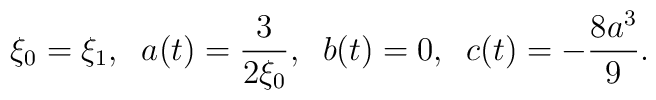
\xi_{0} = \xi_{1}, \; \; a(t)=\frac{3}{2 \xi_{0}}, \; \; b(t) = 0, \; \; c(t) = - \frac{8a^{3}}{9}.